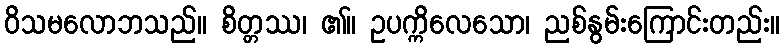
ဝိသမလောဘသည်။ စိတ္တဿ၊ ၏။ ဥပက္ကိလေသော၊ ညစ်နွမ်းကြောင်းတည်း။